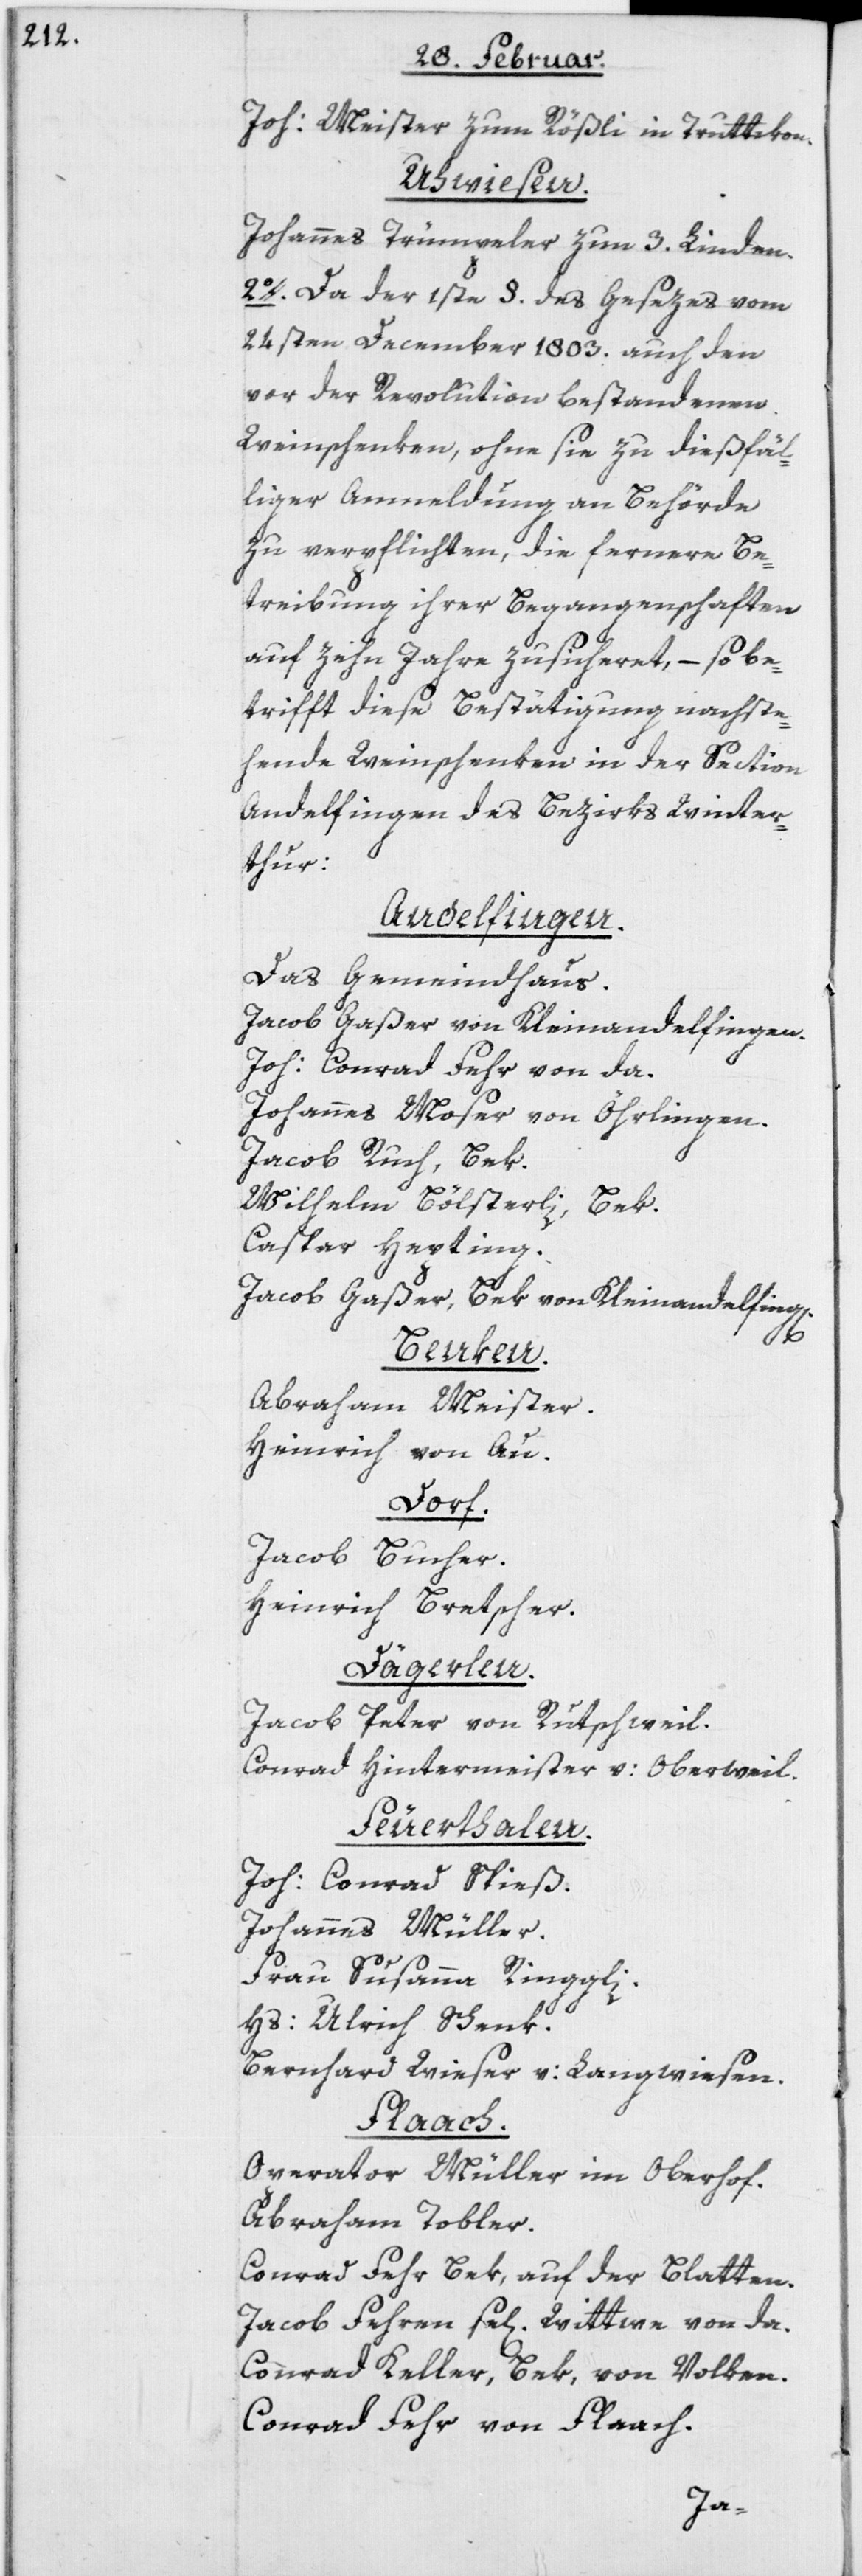
Joh: Meister zum Rößli in Truttikon.
Uhwiesen.
Johannes Trümpeler zun 3. Linden.
2o. Da der 1ste §. des Gesezes vom
24sten December 1803. auch den
vor der Revolution bestandenen
Weinschenken, ohne sie zu dießfäl¬
liger Anmeldung an Behörde
zu verpflichten, die fernere Be¬
treibung ihrer Begangenschaften
auf zehn Jahre zusicheret, – so be¬
trifft diese Bestätigung nachste¬
hende Weinschenken in der Section
Andelfingen des Bezirks Winter¬
thur:
Andelfingen.
Das Gemeindhaus.
Jacob Gaßer von Kleinandelfingen.
Joh: Conrad Fehr von da.
Johannes Moser von Öhrlingen.
Jacob Ruch, Bek.
Wilhelm Bölsterli, Bek.
Caspar Hepting.
Jacob Gaßer, Bek von Kleinandelfing[e¬
n].
Benken.
Abraham Meister.
Heinrich von Au.
Dorf.
Jacob Bucher.
Heinrich Bretscher.
Dägerlen.
Jacob Peter von Rutschweil.
Conrad Hintermeister v: Oberweil.
Feuerthalen.
Joh: Conrad Spieß.
Johannes Müller.
Frau Susanna Ringgli.
Hs: Ulrich Schenk.
Bernhard Wieser v: Langwiesen.
Flaach.
Operator Müller im Oberhof.
Abraham Tobler.
Conrad Fehr, Bek, auf der Blatten.
Jacob Fehren se[lige] Wittwe von da.
Conrad Keller, Bek, von Volken.
Conrad Fehr von Flaach.